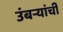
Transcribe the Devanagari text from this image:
उंबऱ्यांची